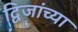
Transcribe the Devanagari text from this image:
द्विजांच्या